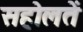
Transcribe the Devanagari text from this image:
सहोलतें